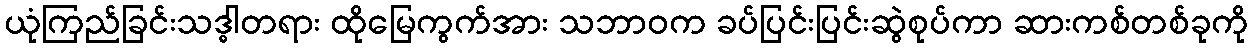
ယုံကြည်ခြင်းသဒ္ဓါတရား ထိုမြေကွက်အား သဘာဝက ခပ်ပြင်းပြင်းဆွဲစုပ်ကာ ဆားကစ်တစ်ခုကို